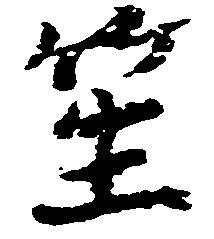
笙